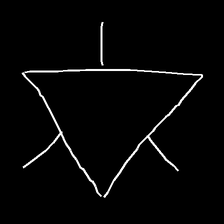
Glyph: fire